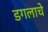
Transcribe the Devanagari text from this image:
डगलाचे